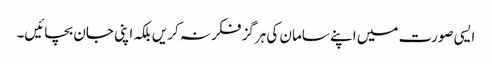
ایسی صورت میں اپنے سامان کی ہرگز فکر نہ کریں بلکہ اپنی جان بچائیں۔